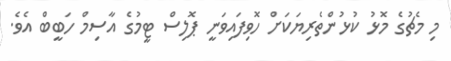
މި މެޗުގެ މޮޅު ކުޅުންތެރިޔަކަށް ހޮވިފައިވަނީ ޕޮލިސް ޓީމުގެ އާސިމް ހަބީބް އެވެ.